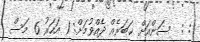
: :  ސަންއަށް ޚަބަރެއް ދެއްވުމަށް: 1 އަހަރު 6 މަސް